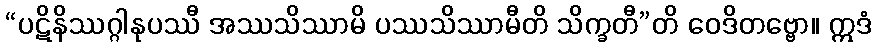
“ပဋိနိဿဂ္ဂါနုပဿီ အဿသိဿာမိ ပဿသိဿာမီတိ သိက္ခတီ”တိ ဝေဒိတဗ္ဗော။ ဣဒံ